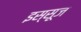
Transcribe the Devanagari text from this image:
इस्सूज